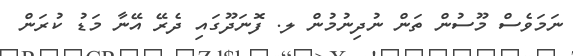
ނަމަވެސް މޫސުން ތަން ނުދިނުމުން ލ. ފޮނަދޫގައި ދެރޭ އޭނާ މަޑު ކުރަން